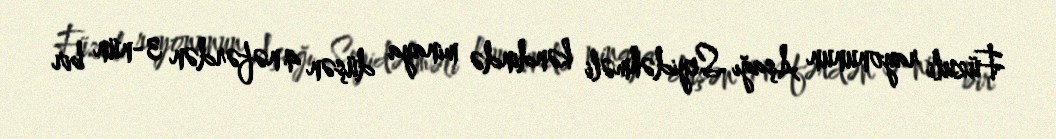
Füzuli rayonunun Aşağı Seyidəhməli kəndində minaya düşən 4 nəfərdən 3-nün bir